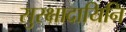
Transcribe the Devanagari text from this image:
सुरक्षादायिनि